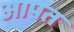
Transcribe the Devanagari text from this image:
आपत